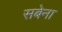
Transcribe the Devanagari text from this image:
सबेना